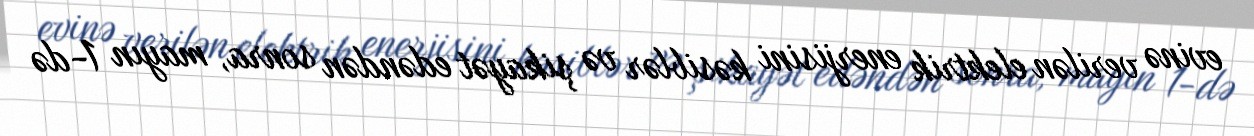
evinə verilən elektrik enerjisini kəsiblər və şikayət edəndən sonra, mayın 1-də